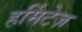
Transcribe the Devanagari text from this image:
हर्मिटेज़